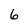
Character: 6